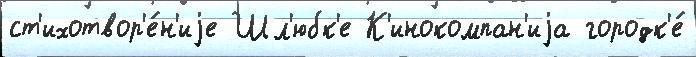
ст'ихотвор'е́н'иjе Шл'юбк'е К'инокомпан'иjа городк'е́